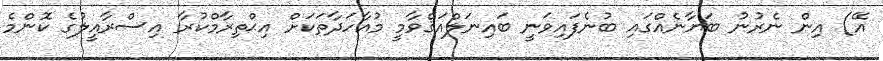
އޭ) އިން ނެރުނު ބަޔާނެއްގައި ބުނެފައިވަނީ ބައިނަލްއަޤްވާމީ މުއާހަދާތަކަށް އިޙްތިރާމްކުރާ އިސްރާއީލުގެ ކޮންމެ